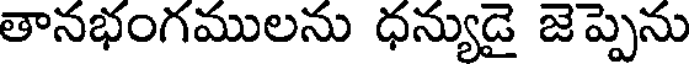
తానభంగములను ధన్యుడై జెప్పెను